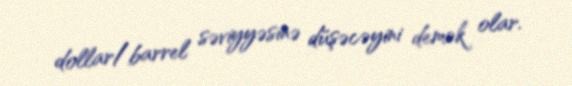
dollar/barrel səviyyəsinə düşəcəyini demək olar.